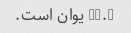
14.5 یوان است.